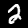
Digit: 2